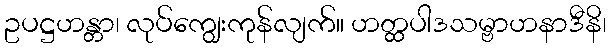
ဥပဋ္ဌဟန္တာ၊ လုပ်ကျွေးကုန်လျက်။ ဟတ္ထပါဒသမ္ဗာဟနာဒီနိ၊